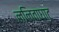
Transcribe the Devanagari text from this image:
ललिताघाट